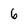
Character: 6